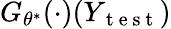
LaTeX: G_{\theta^{*}}(\cdot)(Y_{\mathrm{~t~e~s~t~}})